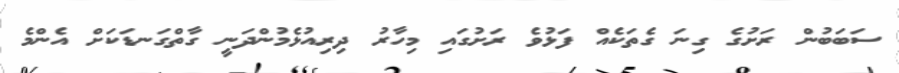
ސަބަބުން ރަށުގެ ގިނަ ގެތަކެއް ފަޅުވެ ރަށުގައި މިހާރު ދިރިއުޅެމުންދަނީ ގާތްގަނޑަކަށް އެންމެ